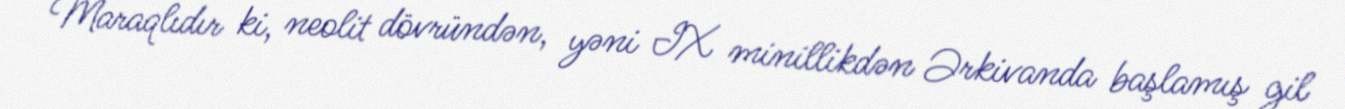
Maraqlıdır ki, neolit dövründən, yəni IX minillikdən Ərkivanda başlamış gil